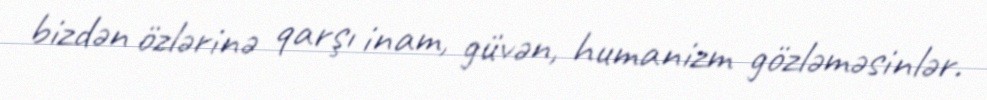
bizdən özlərinə qarşı inam, güvən, humanizm gözləməsinlər.